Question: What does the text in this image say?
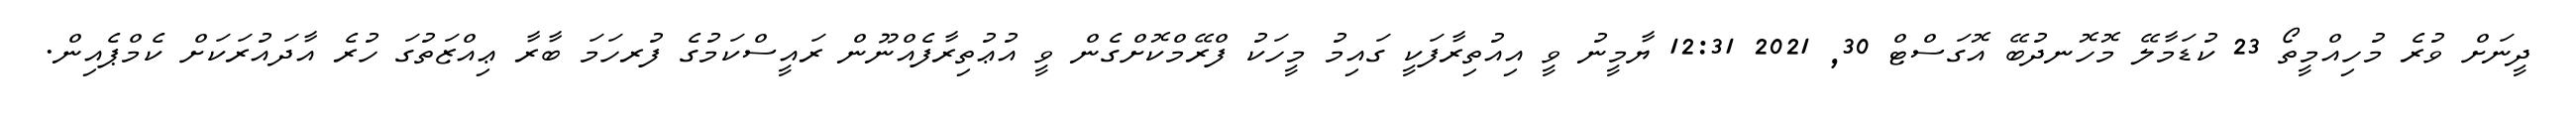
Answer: ދީނަށް ވުރެ މުހިއްމީތޯ 23 ކުޑަމާލޭ މޮހޮނދުބޭ އޮގަސްޓް 30, 2021 12:31 ޔާމީނު ވީ އިއުތިރާފަކީ ގައިމު މީހަކު ފްރޭމްކޮށްގެން ވީ އުޢުތިރާފެއްނޫން ރައީސްކަމުގެ ފުރހަމަ ބާރާ ޢިއްޒަތުގަ ހުރެ އާދައުރަކަށް ކެމްޕެއިން.